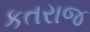
કતરાજ